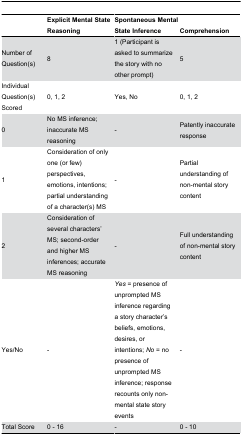
|  | Explicit Mental State Reasoning | Spontaneous Mental State Inference | Comprehension |
 | --- | --- | --- | --- |
 | Number of Question(s) | 8 | 1 (Participant is asked to summarize the story with no other prompt) | 5 |
 | Individual Question(s) Scored | 0, 1, 2 | Yes, No | 0, 1, 2 |
 | 0 | No MS inference; inaccurate MS reasoning | - | Patently inaccurate response |
 | 1 | Consideration of only one (or few) perspectives, emotions, intentions; partial understanding of a character(s) MS | - | Partial understanding of non-mental story content |
 | 2 | Consideration of several characters’ MS; second-order and higher MS inferences; accurate MS reasoning | - | Full understanding of non-mental story content |
 | Yes/No | - | Yes = presence of unprompted MS inference regarding a story character’s beliefs, emotions, desires, or intentions; No = no presence of unprompted MS inference; response recounts only non-mental state story events | - |
 | Total Score | 0 - 16 | - | 0 - 10 |